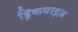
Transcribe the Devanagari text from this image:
ड्रिंकवाइज़